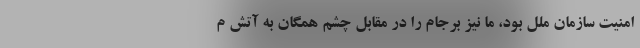
امنیت سازمان ملل بود، ما نیز برجام را در مقابل چشم همگان به آتش م